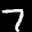
Label: 7